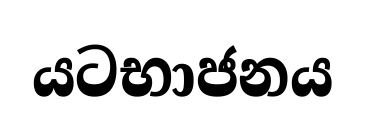
යටභාජනය